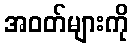
အဝတ်များကို